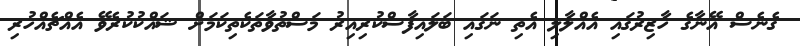
ގެނެސް އޭނާގެ ހާޒިރުގައި އެއްލާލި އެތި ނަގައި ބަލައިފާސްކުރިއިރު މަސްތުވާތަކެތިކަމަށް ޝައްކުކުރެވޭ އެއްޗެއްހުރި